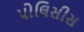
પોલિસીસ